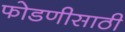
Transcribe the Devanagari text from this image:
फोडणीसाठी